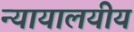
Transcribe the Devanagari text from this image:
न्यायालयीय